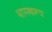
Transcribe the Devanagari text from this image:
भारस्वरूप